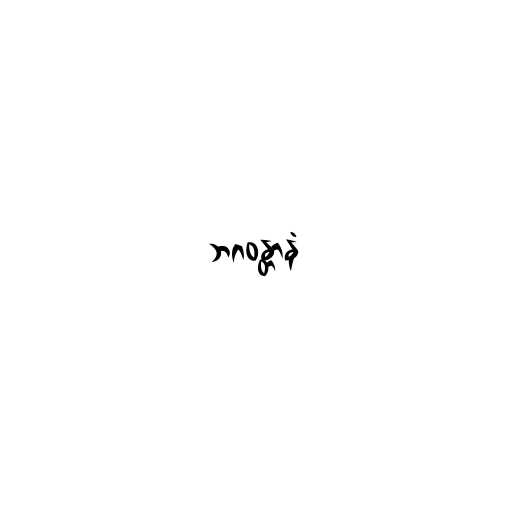
ဘဂဝန္တာနံ